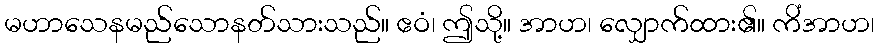
မဟာသေနမည်သောနတ်သားသည်။ ဧဝံ၊ ဤသို့။ အာဟ၊ လျှောက်ထား၏။ ကိံအာဟ၊